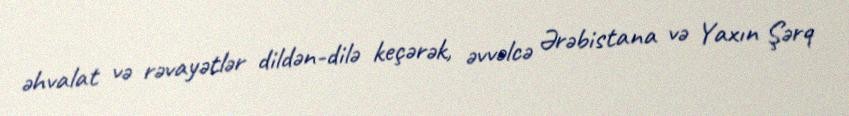
əhvalat və rəvayətlər dildən-dilə keçərək, əvvəlcə Ərəbistana və Yaxın Şərq